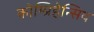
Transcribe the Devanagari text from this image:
कोम्प्रिहेन्सिव